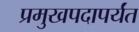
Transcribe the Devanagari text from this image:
प्रमुखपदापर्यंत